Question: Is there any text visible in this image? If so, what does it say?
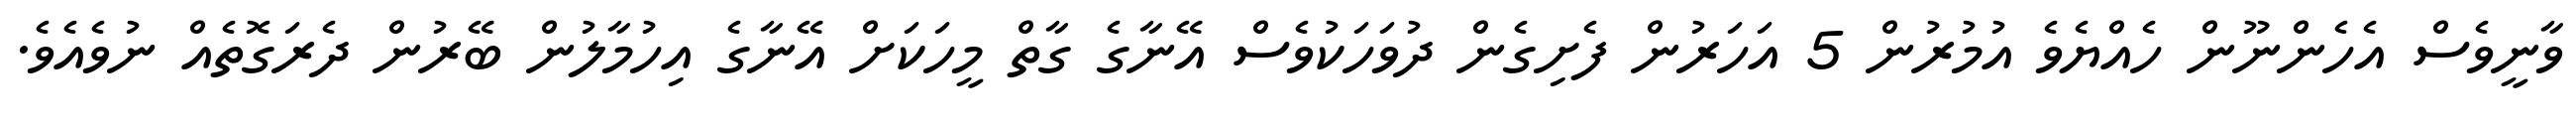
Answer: ވާނީވެސް އެހެންނޫން ހެއްޔެވެ އުމުރުން 5 އަހަރުން ފެށިގެން ދުވަހަކުވެސް އޭނާގެ ގާތް މީހަކަށް އޭނާގެ އިހުމާލުން ބޭރުން ދެރަގޮތެއް ނުވެއެވެ.